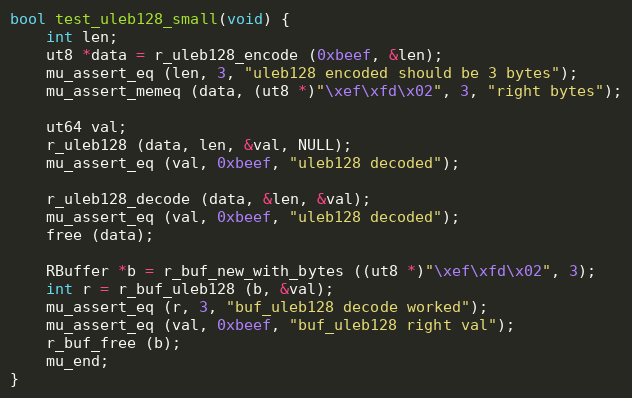
Language: C
bool test_uleb128_small(void) {
	int len;
	ut8 *data = r_uleb128_encode (0xbeef, &len);
	mu_assert_eq (len, 3, "uleb128 encoded should be 3 bytes");
	mu_assert_memeq (data, (ut8 *)"\xef\xfd\x02", 3, "right bytes");

	ut64 val;
	r_uleb128 (data, len, &val, NULL);
	mu_assert_eq (val, 0xbeef, "uleb128 decoded");

	r_uleb128_decode (data, &len, &val);
	mu_assert_eq (val, 0xbeef, "uleb128 decoded");
	free (data);

	RBuffer *b = r_buf_new_with_bytes ((ut8 *)"\xef\xfd\x02", 3);
	int r = r_buf_uleb128 (b, &val);
	mu_assert_eq (r, 3, "buf_uleb128 decode worked");
	mu_assert_eq (val, 0xbeef, "buf_uleb128 right val");
	r_buf_free (b);
	mu_end;
}